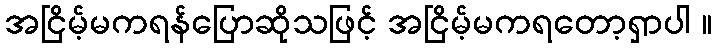
အငြိမ့်မကရန်ပြောဆိုသဖြင့် အငြိမ့်မကရတော့ရှာပါ ။